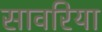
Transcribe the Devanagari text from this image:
सावरिया